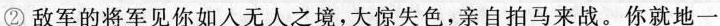
②敌军的将军见你如入无人之境,大惊失色,亲自拍马来战。你就地一